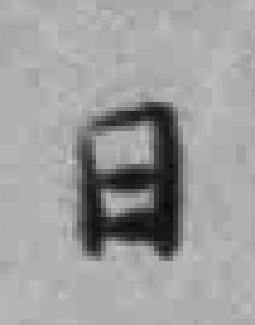
日